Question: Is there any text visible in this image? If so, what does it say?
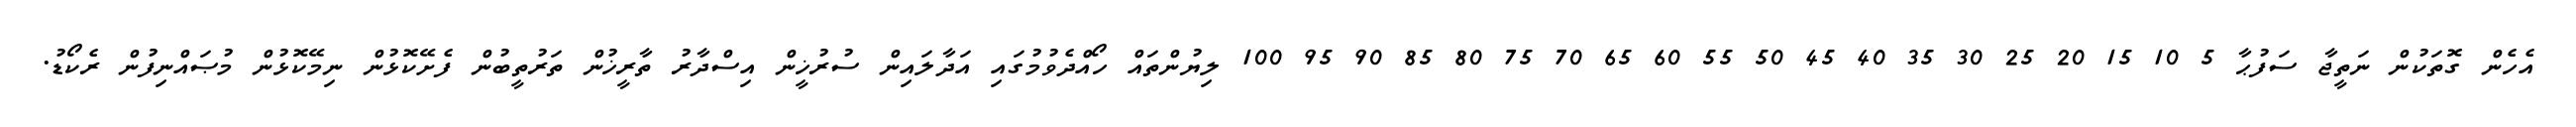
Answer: އެހެން ގޮތަކުން ނަތީޖާ ސަފުޙާ 5 10 15 20 25 30 35 40 45 50 55 60 65 70 75 80 85 90 95 100 ލިޔުންތައް ހޯއްދެވުމުގައި އަދާލައިން ސުރުޚީން އިސްދާރު ތާރީޚުން ތަރުތީބުން ފެށޭކޮޅުން ނިމޭކޮޅުން މުޞައްނިފުން ރެކޯޑު.